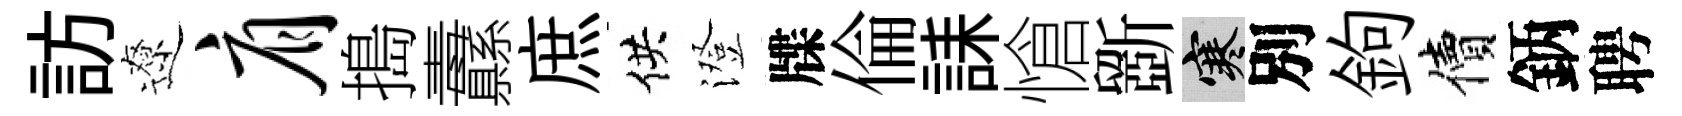
訪遼肩搗纛庶供澄牒倫誄愴斵寒別鉤價鈵聘